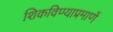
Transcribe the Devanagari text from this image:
शिकविण्याप्रमाणें